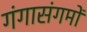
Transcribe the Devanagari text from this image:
गंगासंगमों